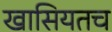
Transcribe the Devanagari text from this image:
खासियतच